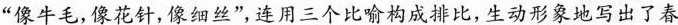
“像牛毛,像花针,像细丝”,连用三个比喻构成排比,生动形象地写出了春